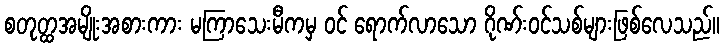
စတုတ္ထအမျိုးအစားကား မကြာသေးမီကမှ ဝင် ရောက်လာသော ဂိုဏ်းဝင်သစ်များဖြစ်လေသည်။